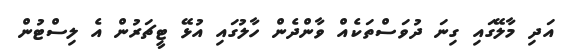
އަދި މާލޭގައި ގިނަ ދުވަސްތަކެއް ވާންދެން ހާލުގައި އުޅޭ ޓީޗަރުން އެ ލިސްޓުން